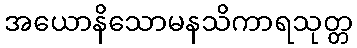
အယောနိသောမနသိကာရသုတ္တ